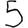
Digit: 5